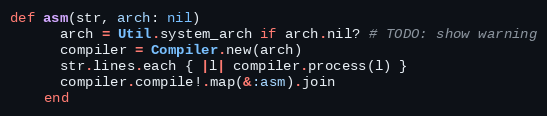
Language: Ruby
def asm(str, arch: nil)
      arch = Util.system_arch if arch.nil? # TODO: show warning
      compiler = Compiler.new(arch)
      str.lines.each { |l| compiler.process(l) }
      compiler.compile!.map(&:asm).join
    end